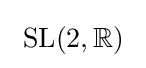
~{\text{SL}}(2,\mathbb {R} )~